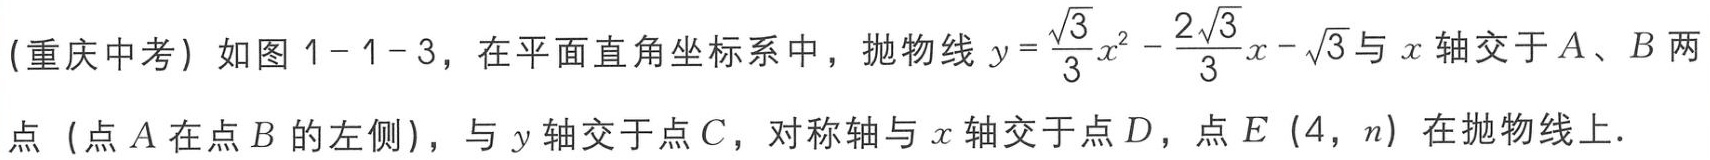
(重庆中考) 如图1 - 1 - 3，在平面直角坐标系中，抛物线\(y = \frac{\sqrt{3}}{3}x^{2}-\frac{2\sqrt{3}}{3}x - \sqrt{3}\)与\(x\)轴交于\(A\)、\(B\)两点 (点\(A\)在点\(B\)的左侧)，与\(y\)轴交于点\(C\)，对称轴与\(x\)轴交于点\(D\)，点\(E\) (\(4\)，\(n\)) 在抛物线上．